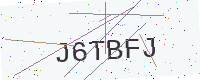
Text: J6TBFJ